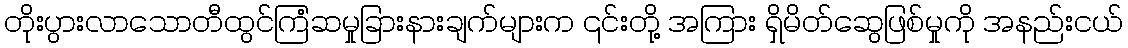
တိုးပွားလာသောတီထွင်ကြံဆမှုခြားနားချက်များက ၎င်းတို့ အကြား ရှိမိတ်ဆွေဖြစ်မှုကို အနည်းငယ်